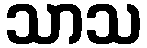
သာသ